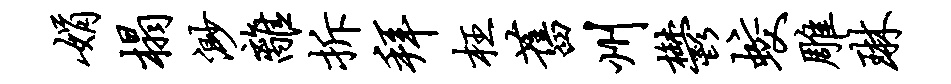
娟榻渺离拆拜枉旧州郁蛟雕琳